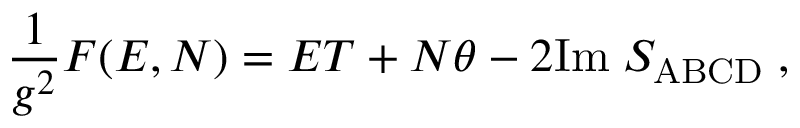
\frac { 1 } { g ^ { 2 } } F ( E , N ) = E T + N \theta - 2 \mathrm { I m } \; S _ { \mathrm { A B C D } } \; ,